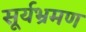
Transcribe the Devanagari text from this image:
सूर्यभ्रमण